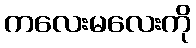
ကလေးမလေးကို